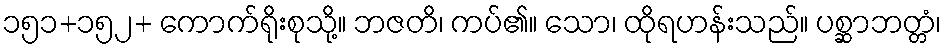
၁၅၁+၁၅၂+ ကောက်ရိုးစုသို့။ ဘဇတိ၊ ကပ်၏။ သော၊ ထိုရဟန်းသည်။ ပစ္ဆာဘတ္တံ၊